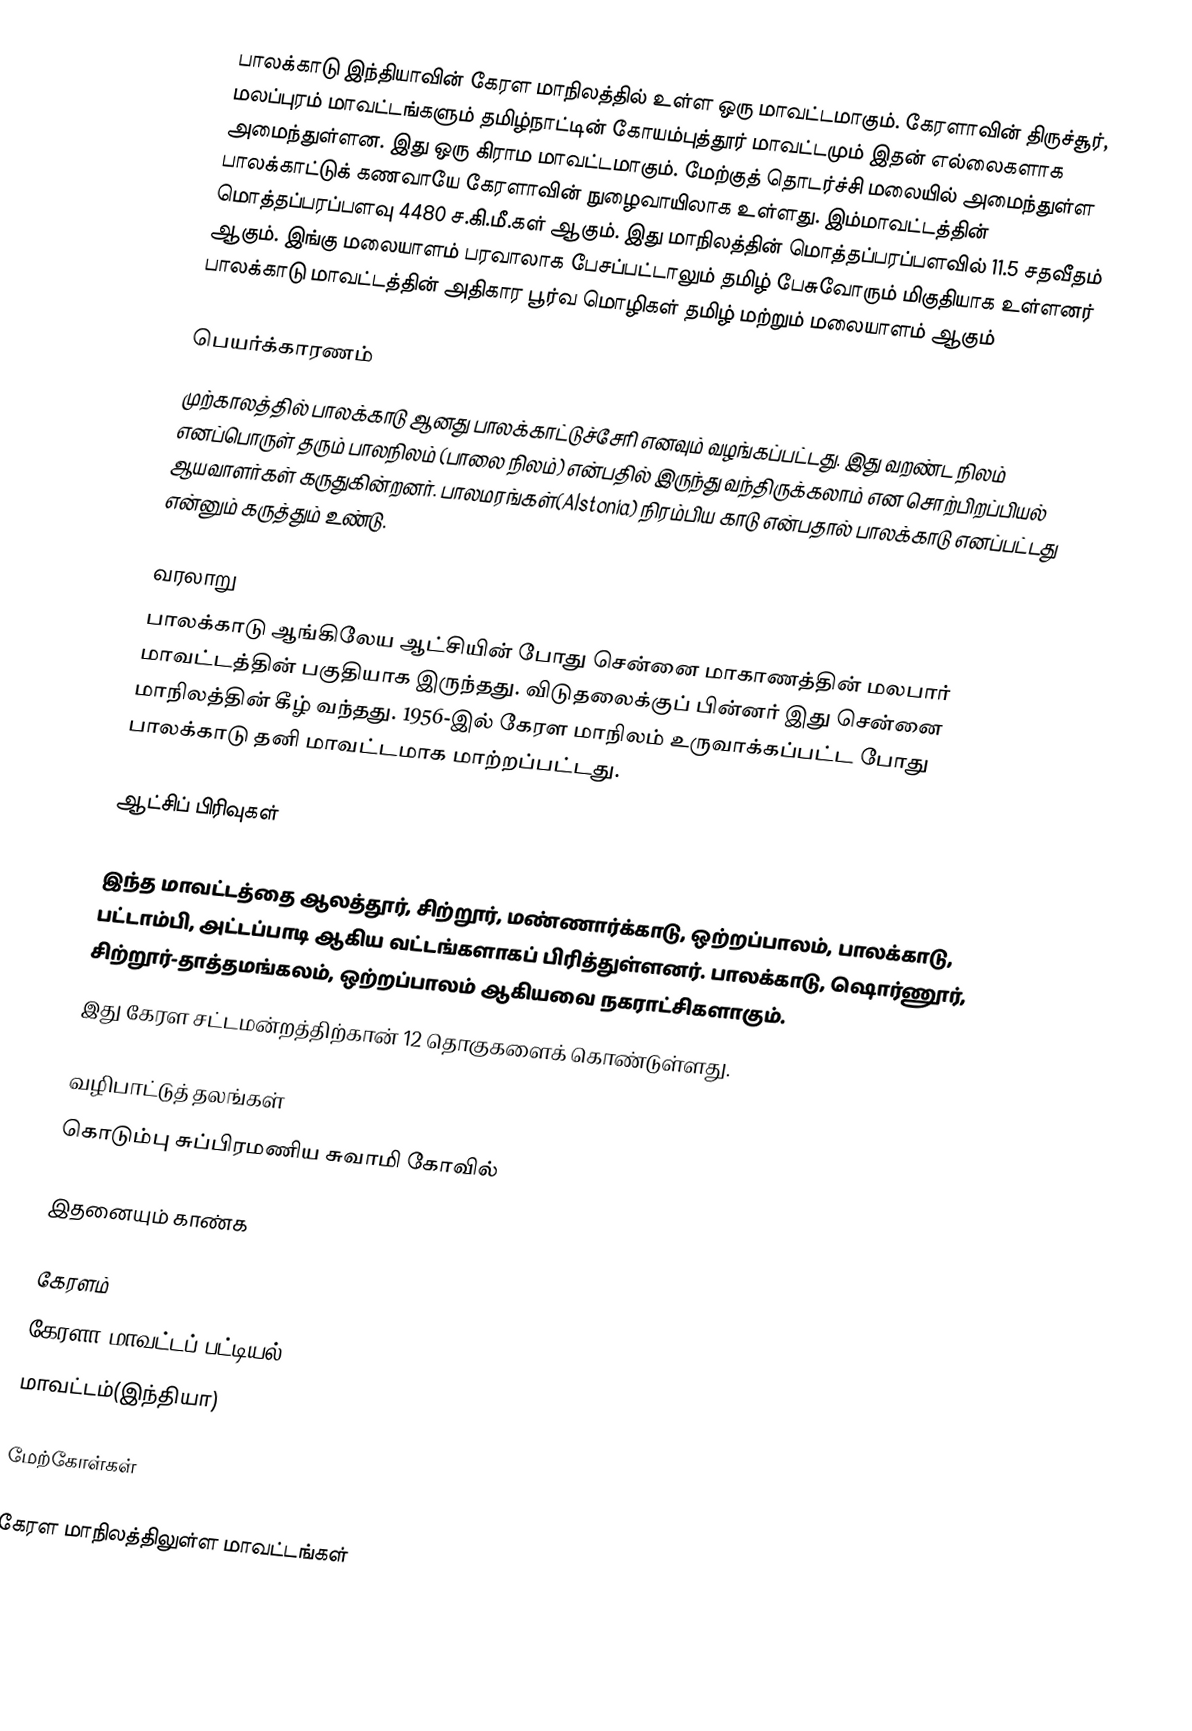
பாலக்காடு இந்தியாவின் கேரள மாநிலத்தில் உள்ள ஒரு மாவட்டமாகும். கேரளாவின் திருச்சூர், மலப்புரம் மாவட்டங்களும் தமிழ்நாட்டின் கோயம்புத்தூர் மாவட்டமும் இதன் எல்லைகளாக அமைந்துள்ளன. இது ஒரு கிராம மாவட்டமாகும். மேற்குத் தொடர்ச்சி மலையில் அமைந்துள்ள பாலக்காட்டுக் கணவாயே கேரளாவின் நுழைவாயிலாக உள்ளது. இம்மாவட்டத்தின் மொத்தப்பரப்பளவு 4480 ச.கி.மீ.கள் ஆகும். இது மாநிலத்தின் மொத்தப்பரப்பளவில் 11.5 சதவீதம் ஆகும். இங்கு மலையாளம் பரவாலாக பேசப்பட்டாலும் தமிழ் பேசுவோரும் மிகுதியாக உள்ளனர் பாலக்காடு மாவட்டத்தின் அதிகார பூர்வ மொழிகள் தமிழ் மற்றும் மலையாளம் ஆகும்

பெயர்க்காரணம்
முற்காலத்தில் பாலக்காடு ஆனது பாலக்காட்டுச்சேரி எனவும் வழங்கப்பட்டது. இது வறண்ட நிலம் எனப்பொருள் தரும் பாலநிலம் (பாலை நிலம்) என்பதில் இருந்து வந்திருக்கலாம் என சொற்பிறப்பியல் ஆயவாளர்கள் கருதுகின்றனர். பாலமரங்கள்(Alstonia) நிரம்பிய காடு என்பதால் பாலக்காடு எனப்பட்டது என்னும் கருத்தும் உண்டு.

வரலாறு
பாலக்காடு ஆங்கிலேய ஆட்சியின் போது சென்னை மாகாணத்தின் மலபார் மாவட்டத்தின் பகுதியாக இருந்தது. விடுதலைக்குப் பின்னர் இது சென்னை மாநிலத்தின் கீழ் வந்தது. 1956-இல் கேரள மாநிலம் உருவாக்கப்பட்ட போது பாலக்காடு தனி மாவட்டமாக மாற்றப்பட்டது.

ஆட்சிப் பிரிவுகள்

இந்த மாவட்டத்தை ஆலத்தூர், சிற்றூர், மண்ணார்க்காடு, ஒற்றப்பாலம், பாலக்காடு, பட்டாம்பி, அட்டப்பாடி ஆகிய வட்டங்களாகப் பிரித்துள்ளனர். பாலக்காடு, ஷொர்ணூர், சிற்றூர்-தாத்தமங்கலம், ஒற்றப்பாலம் ஆகியவை நகராட்சிகளாகும்.
இது கேரள சட்டமன்றத்திற்கான் 12 தொகுகளைக் கொண்டுள்ளது.

வழிபாட்டுத் தலங்கள்
கொடும்பு சுப்பிரமணிய சுவாமி கோவில்

இதனையும் காண்க

 கேரளம்
 கேரளா மாவட்டப் பட்டியல்
 மாவட்டம்(இந்தியா)

மேற்கோள்கள்

கேரள மாநிலத்திலுள்ள மாவட்டங்கள்